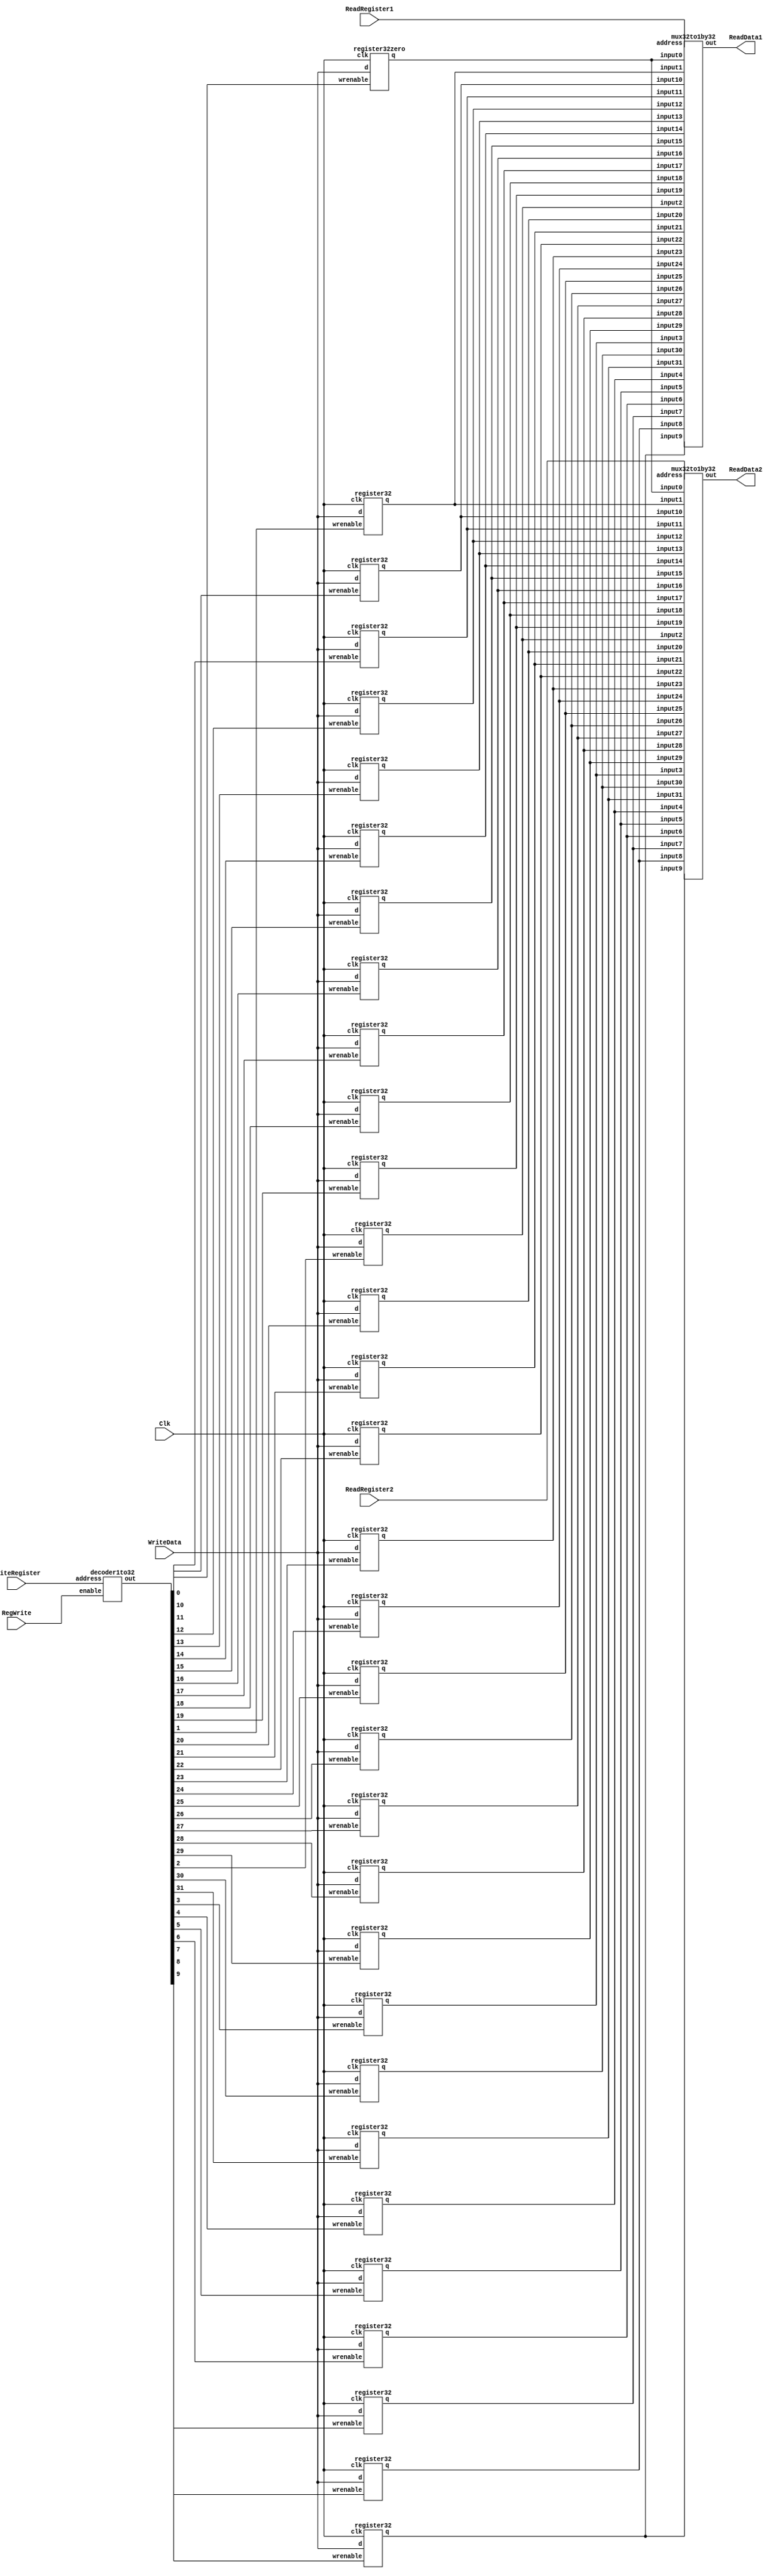
//------------------------------------------------------------------------------
// MIPS register file
//   width: 32 bits
//   depth: 32 words (reg[0] is static zero register)
//   2 asynchronous read ports
//   1 synchronous, positive edge triggered write port
//------------------------------------------------------------------------------

module regfile
(
output[31:0]    ReadData1,  // Contents of first register read
output[31:0]    ReadData2,  // Contents of second register read
input[31:0] WriteData,  // Contents to write to register
input[4:0]  ReadRegister1,  // Address of first register to read
input[4:0]  ReadRegister2,  // Address of second register to read
input[4:0]  WriteRegister,  // Address of register to write
input       RegWrite,   // Enable writing of register when High
input       Clk     // Clock (Positive Edge Triggered)
);

    wire [31:0] data [31:0]; // data initially stored in the register file

    // Selects which register of the register file is being written to
    wire[31:0] RegisterToWrite;
    decoder1to32 decoder1 (RegisterToWrite, RegWrite, WriteRegister);

    // The first register is alwats zero
    register32zero register0 (data[0], WriteData, RegisterToWrite[0], Clk);

    // Writes the data into the rest of the register file
    genvar index;
    generate
        for (index = 1; index < 32; index = index + 1) begin: registerGen
            register32 register (data[index], WriteData, RegisterToWrite[index], Clk);
            if (index != 29) begin
                initial register.q = 0;
            end else begin
                initial register.q = 2**15-1;
            end
        end
    endgenerate

    // Read first and second register data from first and second register addresses
    mux32to1by32 mux1 (ReadData1, ReadRegister1, data[0], data[1], data[2], data[3], data[4], data[5], data[6],
            data[7], data[8], data[9], data[10], data[11], data[12], data[13], data[14], data[15],
            data[16], data[17], data[18], data[19], data[20], data[21], data[22], data[23],
            data[24], data[25], data[26], data[27], data[28], data[29], data[30], data[31]);
    mux32to1by32 mux2 (ReadData2, ReadRegister2, data[0], data[1], data[2], data[3], data[4], data[5], data[6],
            data[7], data[8], data[9], data[10], data[11], data[12], data[13], data[14], data[15],
            data[16], data[17], data[18], data[19], data[20], data[21], data[22], data[23],
            data[24], data[25], data[26], data[27], data[28], data[29], data[30], data[31]);
endmodule

// 32 bit decoder with enable signal
//   enable=0: all output bits are 0
//   enable=1: out[address] is 1, all other outputs are 0
module decoder1to32
(
output[31:0]    out,
input       enable,
input[4:0]  address
);

    assign out = enable<<address; 

endmodule

// 32-bit D Flip-Flop with enable
//   Positive edge triggered
module register32
(
output reg [31:0]    q,
input [31:0]     d,
input           wrenable,
input           clk
);

    always @(posedge clk) begin
        if(wrenable) begin
            q = d;
        end
    end

endmodule

// Always output zero
module register32zero
(
output wire[31:0]   q,
input[31:0]     d,
input           wrenable,
input           clk
);

    assign q = 32'b0;

endmodule

// multiplexer that is 32 bits wide and 32 inputs deep
module mux32to1by32
(
output[31:0]    out,
input[4:0]      address,
input[31:0]     input0, input1, input2, input3, input4, input5, input6, input7, input8, input9, input10, 
input[31:0] input11, input12, input13, input14, input15, input16, input17, input18, input19, input20, 
input[31:0] input21, input22, input23, input24, input25, input26, input27, input28, input29, input30, input31
);

  wire[31:0] mux[31:0];         // Create a 2D array of wires
  assign mux[0] = input0;       // Connect the sources of the array
  assign mux[1] = input1;
  assign mux[2] = input2;
  assign mux[3] = input3;
  assign mux[4] = input4;
  assign mux[5] = input5;
  assign mux[6] = input6;
  assign mux[7] = input7;
  assign mux[8] = input8;
  assign mux[9] = input9;
  assign mux[10] = input10;
  assign mux[11] = input11;
  assign mux[12] = input12;
  assign mux[13] = input13;
  assign mux[14] = input14;
  assign mux[15] = input15;
  assign mux[16] = input16;
  assign mux[17] = input17;
  assign mux[18] = input18;
  assign mux[19] = input19;
  assign mux[20] = input20;
  assign mux[21] = input21;
  assign mux[22] = input22;
  assign mux[23] = input23;
  assign mux[24] = input24;
  assign mux[25] = input25;
  assign mux[26] = input26;
  assign mux[27] = input27;
  assign mux[28] = input28;
  assign mux[29] = input29;
  assign mux[30] = input30;
  assign mux[31] = input31;
  assign out = mux[address];    // Connect the output of the array
endmodule

module test();

  wire [31:0] read1, read2;
  reg [31:0] writedata;
  reg [4:0] writeport, readport1, readport2;
  reg we, clk;

  regfile RF(read1, read2, writedata, readport1, readport2, writeport, we, clk);

  always begin
      #5; clk = !clk;
  end

  initial begin
    clk = 0; 
    we = 1; writedata = 2**15-1; writeport = 29; #10;
  end
endmodule